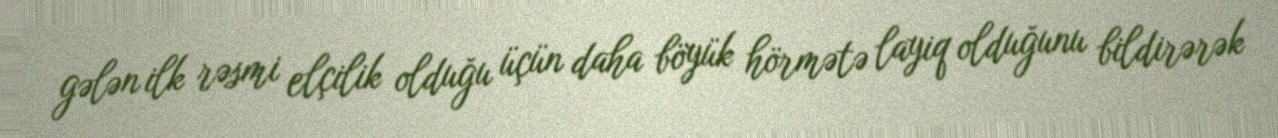
gələn ilk rəsmi elçilik olduğu üçün daha böyük hörmətə layiq olduğunu bildirərək